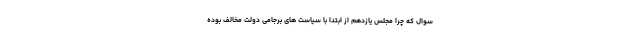
سوال که چرا مجلس یازدهم از ابتدا با سیاست های برجامی دولت مخالف بوده